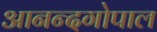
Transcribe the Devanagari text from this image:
आनन्दगोपाल